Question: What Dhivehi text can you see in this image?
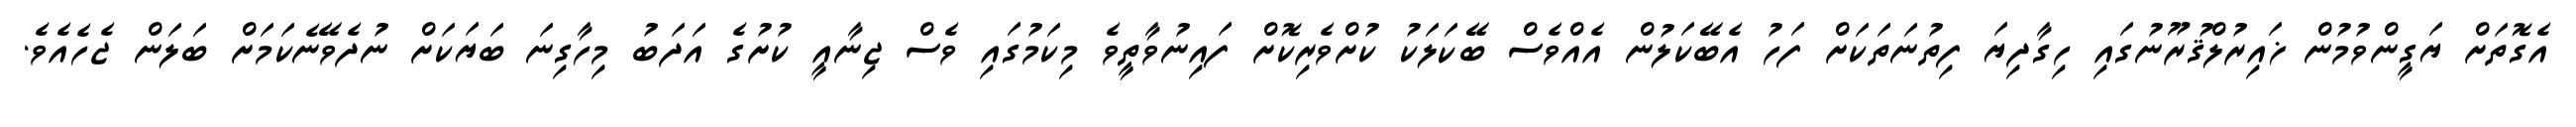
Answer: އެގޮތަށް ޔަގީންވުމުން ޚައިރުލްޤުރޫނުގައި ހިގާދިޔަ ފިތުނަތަކަށް ފަހު އެބޭކަލުން އެއްވެސް ބޭކަލަކު ކުށްވެރިކޮށް ފައިނުވާތީވެ މިކަމުގައި ވެސް ޖިނާއީ ކުށުގެ އަދަބު މިހާގިނަ ބަޔަކަށް ނުދެވޭނެކަމަށް ބަލަން ޖެހެއެވެ.